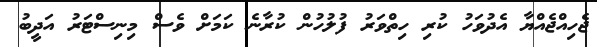
ޖެހިއްޖެއްޔާ އެދުވަހު ކުރި ހިތްވަރު ފުލުހުން ކުރާނެ ކަމަށް ވެސް މިނިސްޓަރު އަދީބު